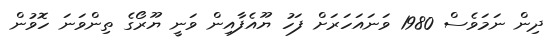
ދިން ނަމަވެސް 1980 ވަނައަހަރަށް ފަހު ޔޫއެފާއިން ވަނީ ޔޫރޯގެ ތިންވަނަ ހޮވުން